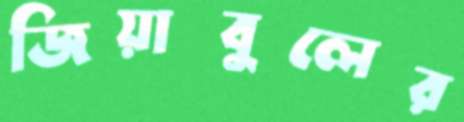
জিয়াবুলের